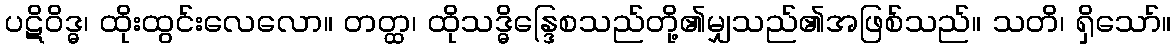
ပဋိဝိဒ္ဓ၊ ထိုးထွင်းလေလော။ တတ္ထ၊ ထိုသဒ္ဓိန္ဒြေစသည်တို့၏မျှသည်၏အဖြစ်သည်။ သတိ၊ ရှိသော်။